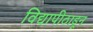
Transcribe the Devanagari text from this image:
विद्यापीठाडून